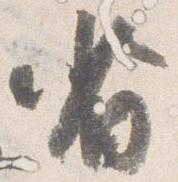
省